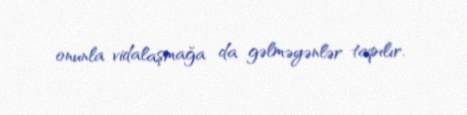
onunla vidalaşmağa da gəlməyənlər tapılır.